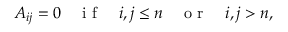
A _ { i j } = 0 \quad \textrm { i f } \quad i , j \le n \quad \textrm { o r } \quad i , j > n ,